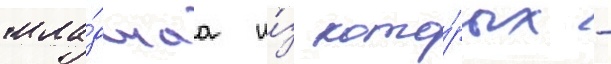
мла́дшаа и́з кото́рых -